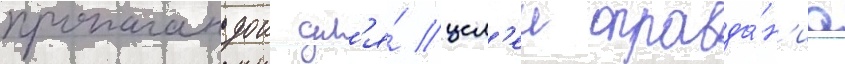
пропагандои дл'я́ цел'еи оправда́н'иа